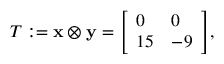
T : = \mathbf { x } \otimes \mathbf { y } = { \left[ \begin{array} { l l } { 0 } & { 0 } \\ { 1 5 } & { - 9 } \end{array} \right] } ,